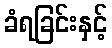
ခံရခြင်းနှင့်